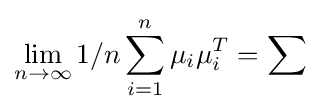
\lim _{n\to \infty }1/n\sum _{i=1}^{n}\mu _{i}\mu _{i}^{T}=\sum